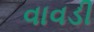
વાવડી